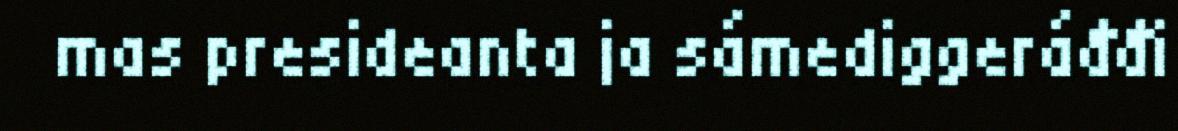
mas presideanta ja sámediggeráđđi